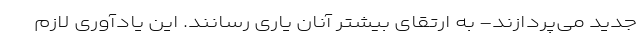
جدید می‌پردازند- به ارتقای بیشتر آنان یاری رسانند. این یادآوری لازم